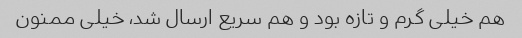
هم خیلی گرم و تازه بود و هم سریع ارسال شد، خیلی ممنون